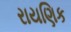
રાયણિક